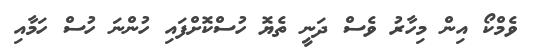
ވެމްކޯ އިން މިހާރު ވެސް ދަނީ ތެޔޮ ހުސްކޮށްފައި ހުންނަ ހުސް ހަމާއި